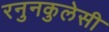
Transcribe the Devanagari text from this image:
रनुनकुलेसी